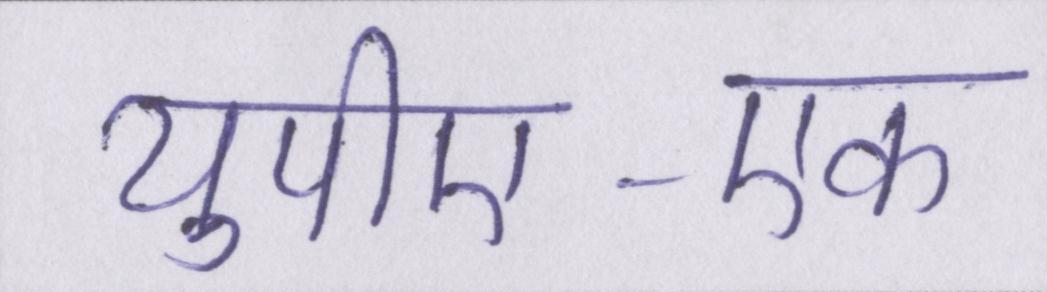
यूपीए-एक